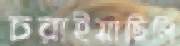
চরাইয়াছিলি